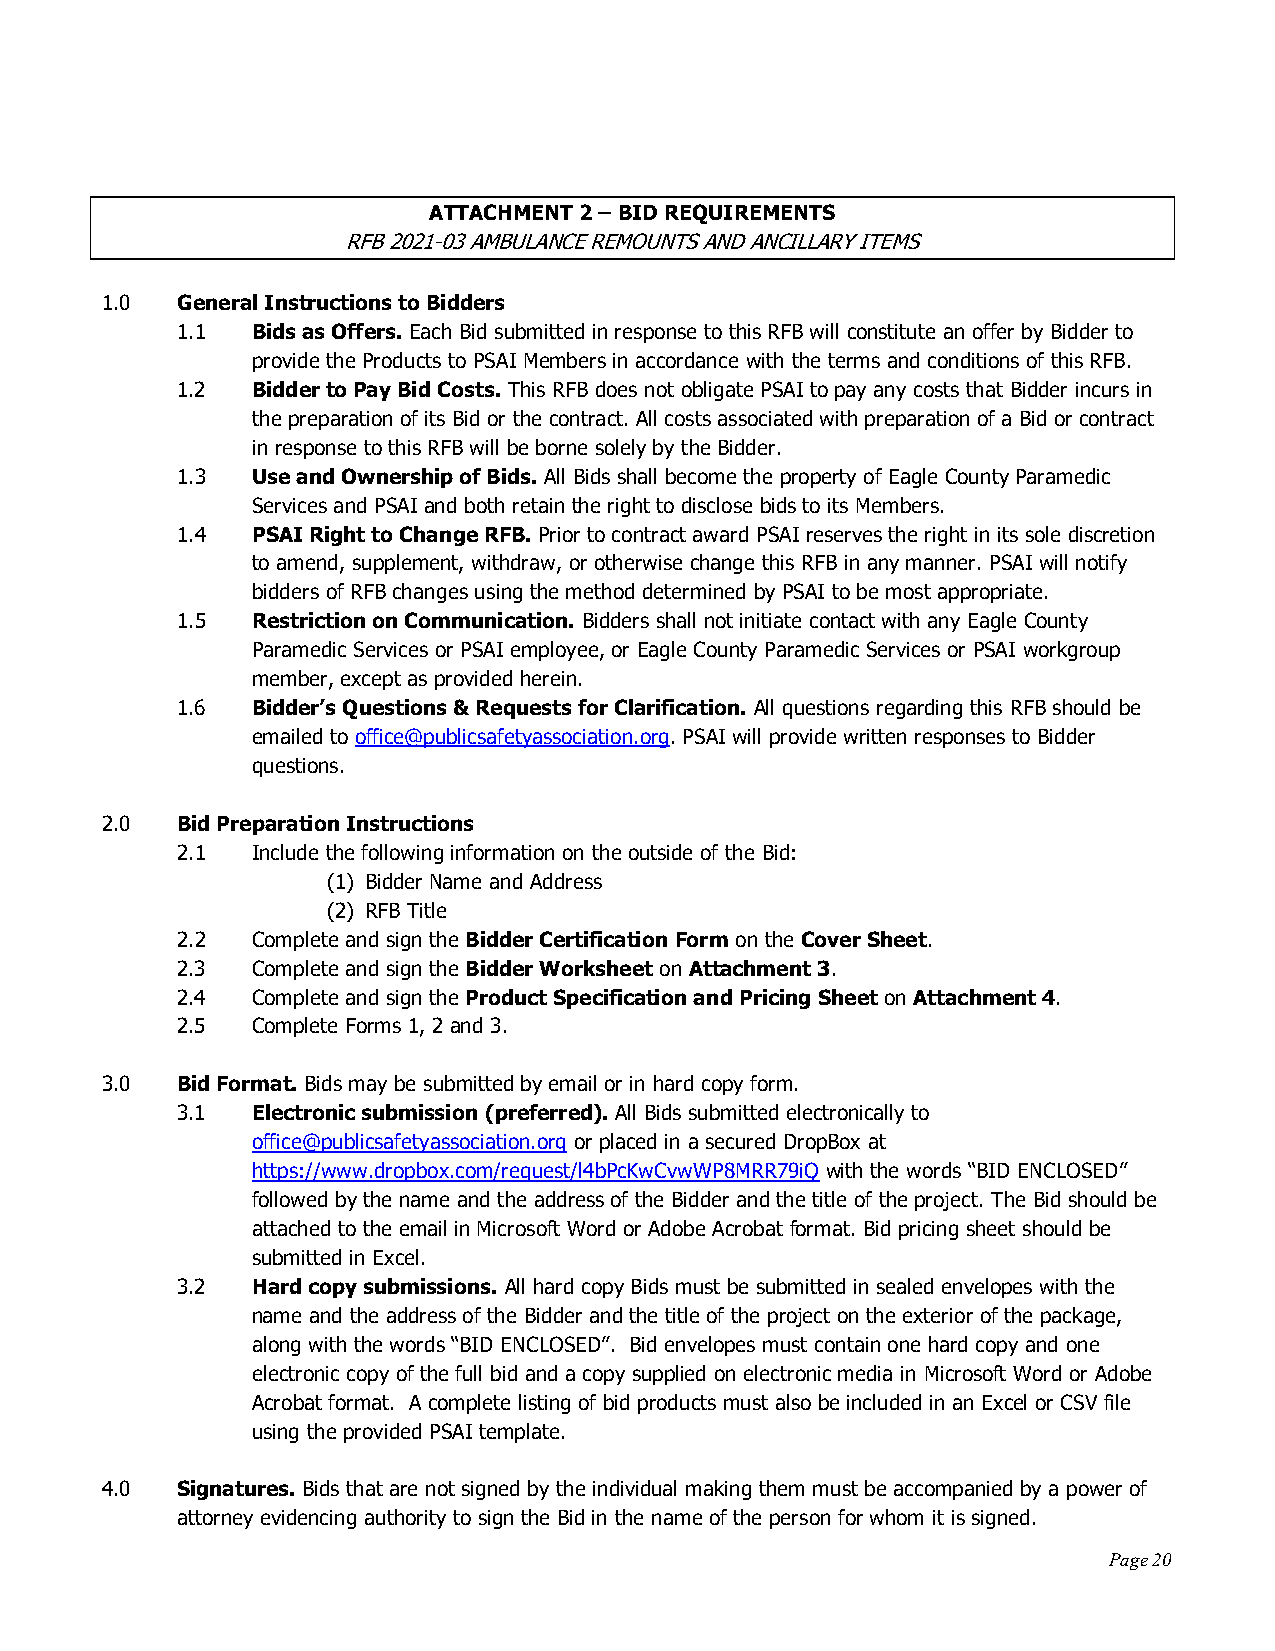
ATTACHMENT 2 – BID REQUIREMENTS
 RFB 2021-03 AMBULANCE REMOUNTS AND ANCILLARY ITEMS
 1.0  General Instructions to Bidders
 1.1  Bids as Offers. Each Bid submitted in response to this RFB will constitute an offer by Bidder to
 provide the Products to PSAI Members in accordance with the terms and conditions of this RFB.
 1.2  Bidder to Pay Bid Costs. This RFB does not obligate PSAI to pay any costs that Bidder incurs in
 the preparation of its Bid or the contract. All costs associated with preparation of a Bid or contract
 in response to this RFB will be borne solely by the Bidder.
 1.3  Use and Ownership of Bids. All Bids shall become the property of Eagle County Paramedic
 Services and PSAI and both retain the right to disclose bids to its Members.
 1.4  PSAI Right to Change RFB. Prior to contract award PSAI reserves the right in its sole discretion
 to amend, supplement, withdraw, or otherwise change this RFB in any manner. PSAI will notify
 bidders of RFB changes using the method determined by PSAI to be most appropriate.
 1.5  Restriction on Communication. Bidders shall not initiate contact with any Eagle County
 Paramedic Services or PSAI employee, or Eagle County Paramedic Services or PSAI workgroup
 member, except as provided herein.
 1.6  Bidder’s Questions & Requests for Clarification. All questions regarding this RFB should be
 emailed to office@publicsafetyassociation.org. PSAI will provide written responses to Bidder
 questions.
 2.0  Bid Preparation Instructions
 2.1  Include the following information on the outside of the Bid:
 (1) Bidder Name and Address
 (2) RFB Title
 2.2  Complete and sign the Bidder Certification Form on the Cover Sheet.
 2.3  Complete and sign the Bidder Worksheet on Attachment 3.
 2.4  Complete and sign the Product Specification and Pricing Sheet on Attachment 4.
 2.5  Complete Forms 1, 2 and 3.
 3.0  Bid Format. Bids may be submitted by email or in hard copy form.
 3.1  Electronic submission (preferred). All Bids submitted electronically to
 office@publicsafetyassociation.org or placed in a secured DropBox at
 https://www.dropbox.com/request/l4bPcKwCvwWP8MRR79iQ with the words “BID ENCLOSED”
 followed by the name and the address of the Bidder and the title of the project. The Bid should be
 attached to the email in Microsoft Word or Adobe Acrobat format. Bid pricing sheet should be
 submitted in Excel.
 3.2  Hard copy submissions. All hard copy Bids must be submitted in sealed envelopes with the
 name and the address of the Bidder and the title of the project on the exterior of the package,
 along with the words “BID ENCLOSED”. Bid envelopes must contain one hard copy and one
 electronic copy of the full bid and a copy supplied on electronic media in Microsoft Word or Adobe
 Acrobat format. A complete listing of bid products must also be included in an Excel or CSV file
 using the provided PSAI template.
 4.0  Signatures. Bids that are not signed by the individual making them must be accompanied by a power of
 attorney evidencing authority to sign the Bid in the name of the person for whom it is signed.
 Page 20